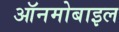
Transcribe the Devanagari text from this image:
ऑनमोबाइल